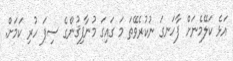
އަޅެ ކަލޭމެނަށް ފާހަނގަ ނުކުރެވޭތަ މަ ގައިގަ މުނާފިޤުންގެ ސިފަ ހުރި ކަމަށް.